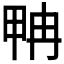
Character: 𰣂